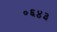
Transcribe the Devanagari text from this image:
०६४३